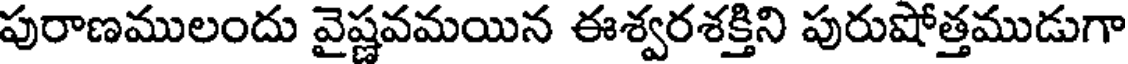
పురాణములందు వైష్ణవమయిన ఈశ్వరశక్తిని పురుషోత్తముడుగా